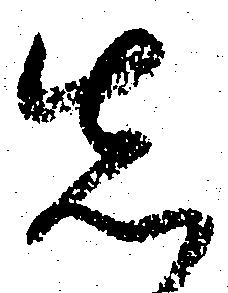
先